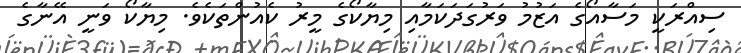
ސިއްރަކީ މަސާއޯގެ އަޒުމު ވަރުގަދަކަމާއި މިޔާކޯގެ މީރު ކެއުންތަކެވެ. މިޔާކޯ ވަނީ އޭނާގެ